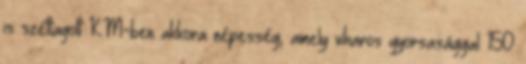
is széttagolt KM-ben akkora népesség, amely viharos gyorsasággal 150